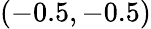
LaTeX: (-0.5,-0.5)